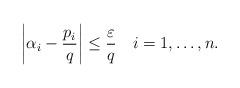
LaTeX: \begin{align*} \left| \alpha_i - \frac{p_i}{q} \right| \leq \frac{\varepsilon}{q}\quad i = 1, \ldots, n.\end{align*}